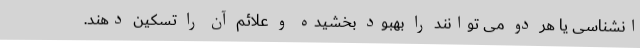
انشناسی یا هر دو می توانند را بهبود بخشیده و علائم آن را تسکین دهند.